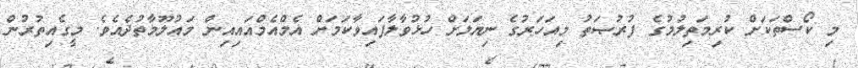
މި ކޯސްތަކަށް ކުރިމަތިލުމުގެ ފުރުޞަތު މިއަހަރުގެ ނިޔަލަށް ހުޅުވާލާފައިވާކަމަށް އެމްއެމްއައިއިން މައުލޫމާތުދެއެވެ. މީގެއިތުރުން